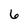
Character: 6